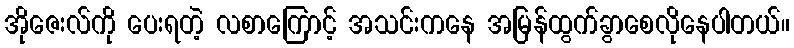
အိုဇေးလ်ကို ပေးရတဲ့ လစာကြောင့် အသင်းကနေ အမြန်ထွက်ခွာစေလိုနေပါတယ်။